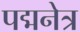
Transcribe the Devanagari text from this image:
पद्मनेत्र